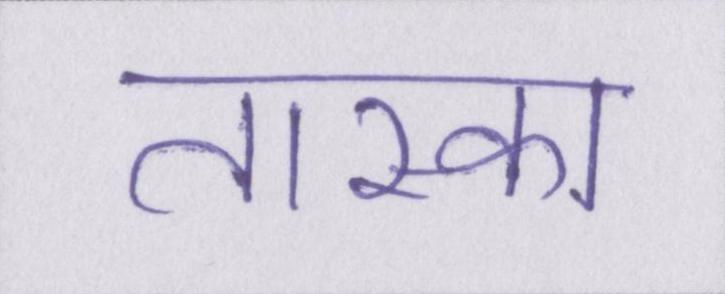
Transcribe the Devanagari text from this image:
तास्का